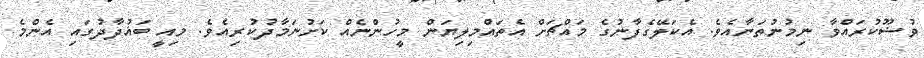
ވުޟޫކުރައްވާ ނިމުނުތަނާއެވެ. އެކަލޭގެފާނުގެ މައްޗަށް އެތައްމިލިޔަން މީހުންނެއް ކަށުނަމާދުކުރިއެވެ. މިއީ ބަޣުދާދުގައި އެންމެ